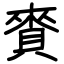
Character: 賚